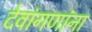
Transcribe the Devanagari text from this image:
देवांगणांना